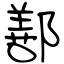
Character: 鄯